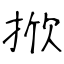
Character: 掀